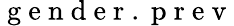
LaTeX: \mathrm{~g~e~n~d~e~r~.~p~r~e~v~}